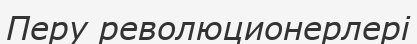
Перу революционерлері